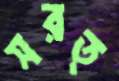
সরত্